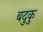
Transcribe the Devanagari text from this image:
बदुकु